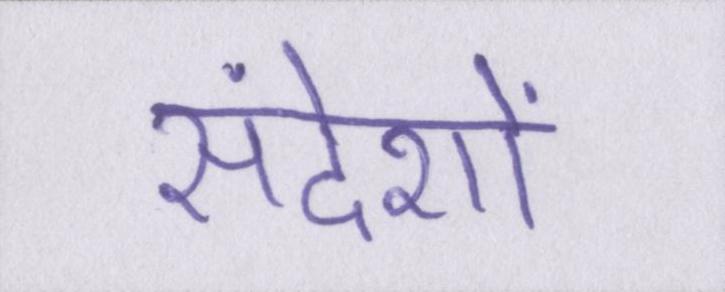
संदेशों